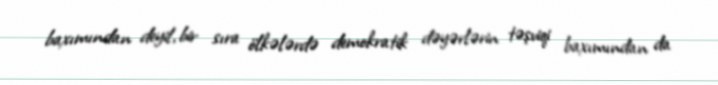
baxımından deyil, bir sıra ölkələrdə demokratik dəyərlərin təşviqi baxımından da